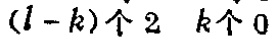
\((1 - k)\)个 \(2\)  \(k\)个 \(0\)